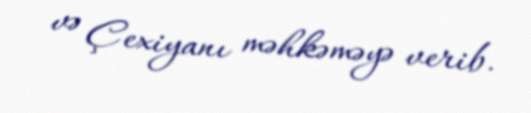
və Çexiyanı məhkəməyə verib.